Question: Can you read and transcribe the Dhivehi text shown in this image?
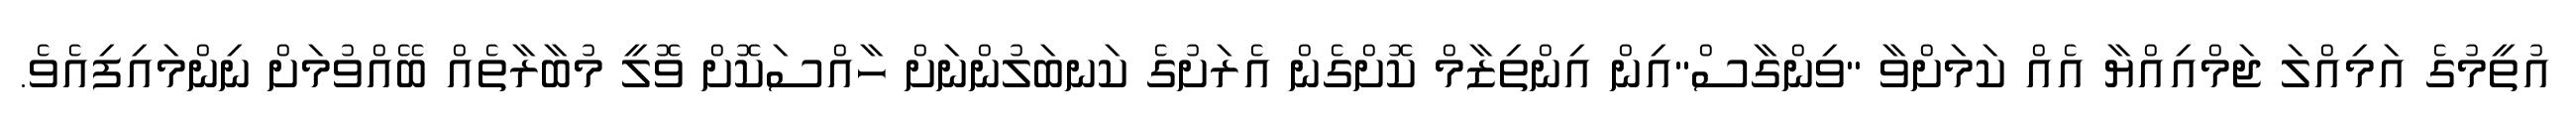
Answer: އުތީމުގެ އަމިއްލަ ޖަމްއިއްޔާ އެއް ކަމަށްވާ "ވިންގާސް"އިން އިންތިޒާމް ކޮށްގެން އެރަށުގެ ކަނބަލުންނަށް ހާއްސަކޮށް ވޮލީ މުބާރާތެއް ބޭއްވުމަށް ނިންމައިފިއެވެ.